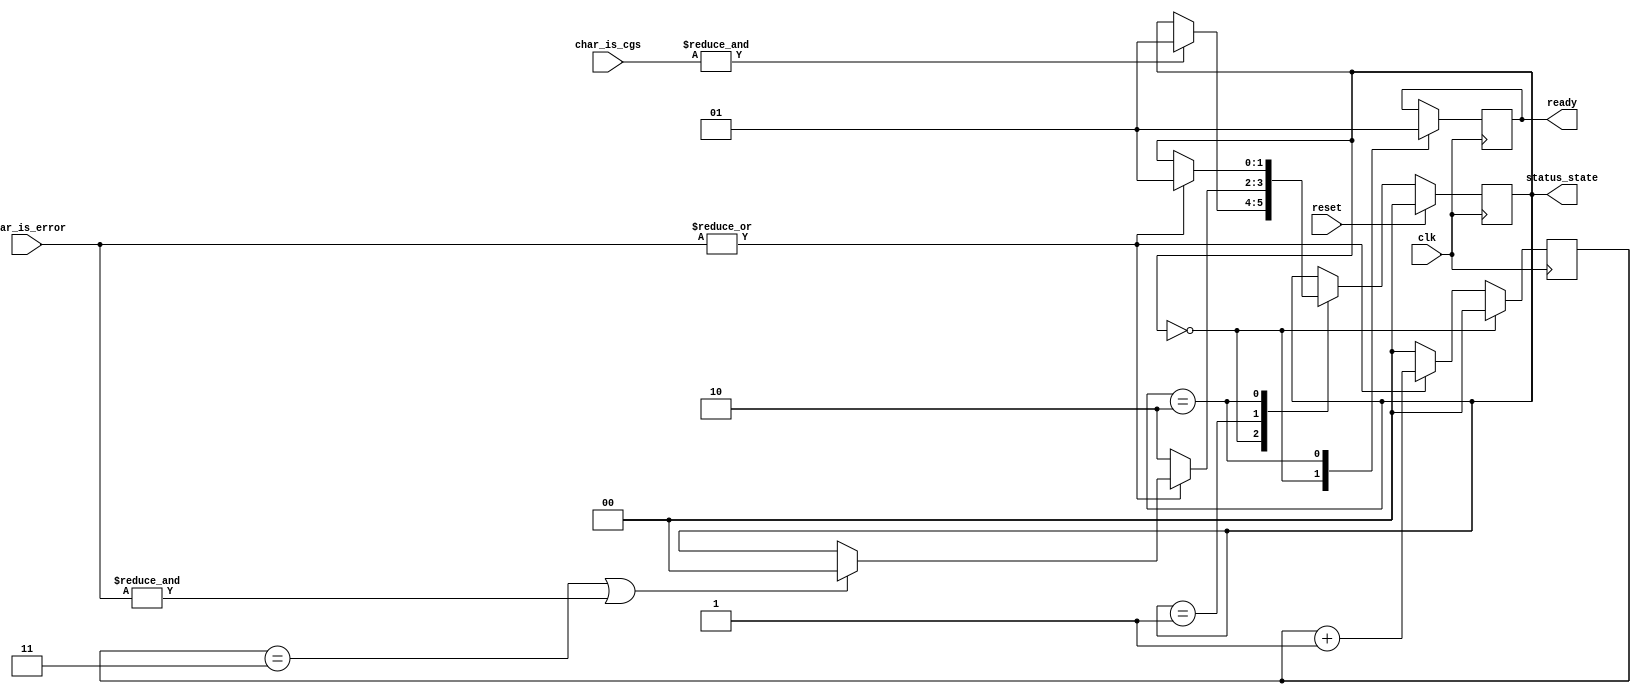
//
// The ADI JESD204 Core is released under the following license, which is
// different than all other HDL cores in this repository.
//
// Please read this, and understand the freedoms and responsibilities you have
// by using this source code/core.
//
// The JESD204 HDL, is copyright  2016-2017 Analog Devices Inc.
//
// This core is free software, you can use run, copy, study, change, ask
// questions about and improve this core. Distribution of source, or resulting
// binaries (including those inside an FPGA or ASIC) require you to release the
// source of the entire project (excluding the system libraries provide by the
// tools/compiler/FPGA vendor). These are the terms of the GNU General Public
// License version 2 as published by the Free Software Foundation.
//
// This core  is distributed in the hope that it will be useful, but WITHOUT ANY
// WARRANTY; without even the implied warranty of MERCHANTABILITY or FITNESS FOR
// A PARTICULAR PURPOSE. See the GNU General Public License for more details.
//
// You should have received a copy of the GNU General Public License version 2
// along with this source code, and binary.  If not, see
// <http://www.gnu.org/licenses/>.
//
// Commercial licenses (with commercial support) of this JESD204 core are also
// available under terms different than the General Public License. (e.g. they
// do not require you to accompany any image (FPGA or ASIC) using the JESD204
// core with any corresponding source code.) For these alternate terms you must
// purchase a license from Analog Devices Technology Licensing Office. Users
// interested in such a license should contact jesd204-licensing@analog.com for
// more information. This commercial license is sub-licensable (if you purchase
// chips from Analog Devices, incorporate them into your PCB level product, and
// purchase a JESD204 license, end users of your product will also have a
// license to use this core in a commercial setting without releasing their
// source code).
//
// In addition, we kindly ask you to acknowledge ADI in any program, application
// or publication in which you use this JESD204 HDL core. (You are not required
// to do so; it is up to your common sense to decide whether you want to comply
// with this request or not.) For general publications, we suggest referencing :
// The design and implementation of the JESD204 HDL Core used in this project
// is copyright  2016-2017, Analog Devices, Inc.
//

module jesd204_rx_cgs #(
  parameter DATA_PATH_WIDTH = 4
) (
  input clk,
  input reset,

  input [DATA_PATH_WIDTH-1:0] char_is_cgs,
  input [DATA_PATH_WIDTH-1:0] char_is_error,

  output ready,

  output [1:0] status_state
);

localparam CGS_STATE_INIT = 2'b00;
localparam CGS_STATE_CHECK = 2'b01;
localparam CGS_STATE_DATA = 2'b10;

reg [1:0] state = CGS_STATE_INIT;
reg rdy = 1'b0;
reg [1:0] beat_error_count = 'h00;

wire beat_is_cgs = &char_is_cgs;
wire beat_has_error = |char_is_error;
wire beat_is_all_error = &char_is_error;

assign ready = rdy;
assign status_state = state;

always @(posedge clk) begin
  if (state == CGS_STATE_INIT) begin
    beat_error_count <= 'h00;
  end else begin
    if (beat_has_error == 1'b1) begin
      beat_error_count <= beat_error_count + 1'b1;
    end else begin
      beat_error_count <= 'h00;
    end
  end
end

always @(posedge clk) begin
  if (reset == 1'b1) begin
    state <= CGS_STATE_INIT;
  end else begin
    case (state)
    CGS_STATE_INIT: begin
      if (beat_is_cgs == 1'b1) begin
        state <= CGS_STATE_CHECK;
      end
    end
    CGS_STATE_CHECK: begin
      if (beat_has_error == 1'b1) begin
        if (beat_error_count == 'h3 ||
            beat_is_all_error == 1'b1) begin
          state <= CGS_STATE_INIT;
        end
      end else begin
        state <= CGS_STATE_DATA;
      end
    end
    CGS_STATE_DATA: begin
      if (beat_has_error == 1'b1) begin
        state <= CGS_STATE_CHECK;
      end
    end
    endcase
  end
end

always @(posedge clk) begin
  case (state)
  CGS_STATE_INIT: rdy <= 1'b0;
  CGS_STATE_DATA: rdy <= 1'b1;
  default: rdy <= rdy;
  endcase
end

endmodule